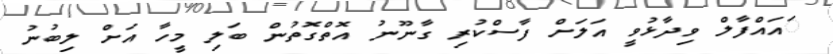
ައައްފާލް ވިދާޅުވީ އަލަށް ފާސްކުރި ގާނޫނު އޮތްގޮތުން ބަލި މީހާ އަށް ލިބުނު